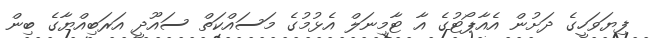
ފިޔަވަހީގެ ދަށުން އެއާޕޯޓުގެ އާ ޓާމިނަލް އެޅުމުގެ މަސައްކަތް ސައޫދީ އަރަބިއްޔާގެ ބިން